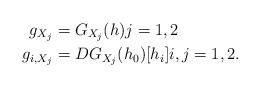
LaTeX: \begin{align*}g_{X_j} & = G_{X_j}(h) j=1,2\\g_{i,X_j} &= D G_{X_j}(h_0)[h_i]i,j=1,2.\end{align*}